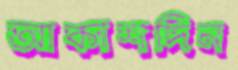
আকাশদিন